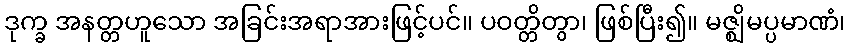
ဒုက္ခ အနတ္တဟူသော အခြင်းအရာအားဖြင့်ပင်။ ပဝတ္တိတွာ၊ ဖြစ်ပြီး၍။ မဇ္ဈိမပ္ပမာဏံ၊